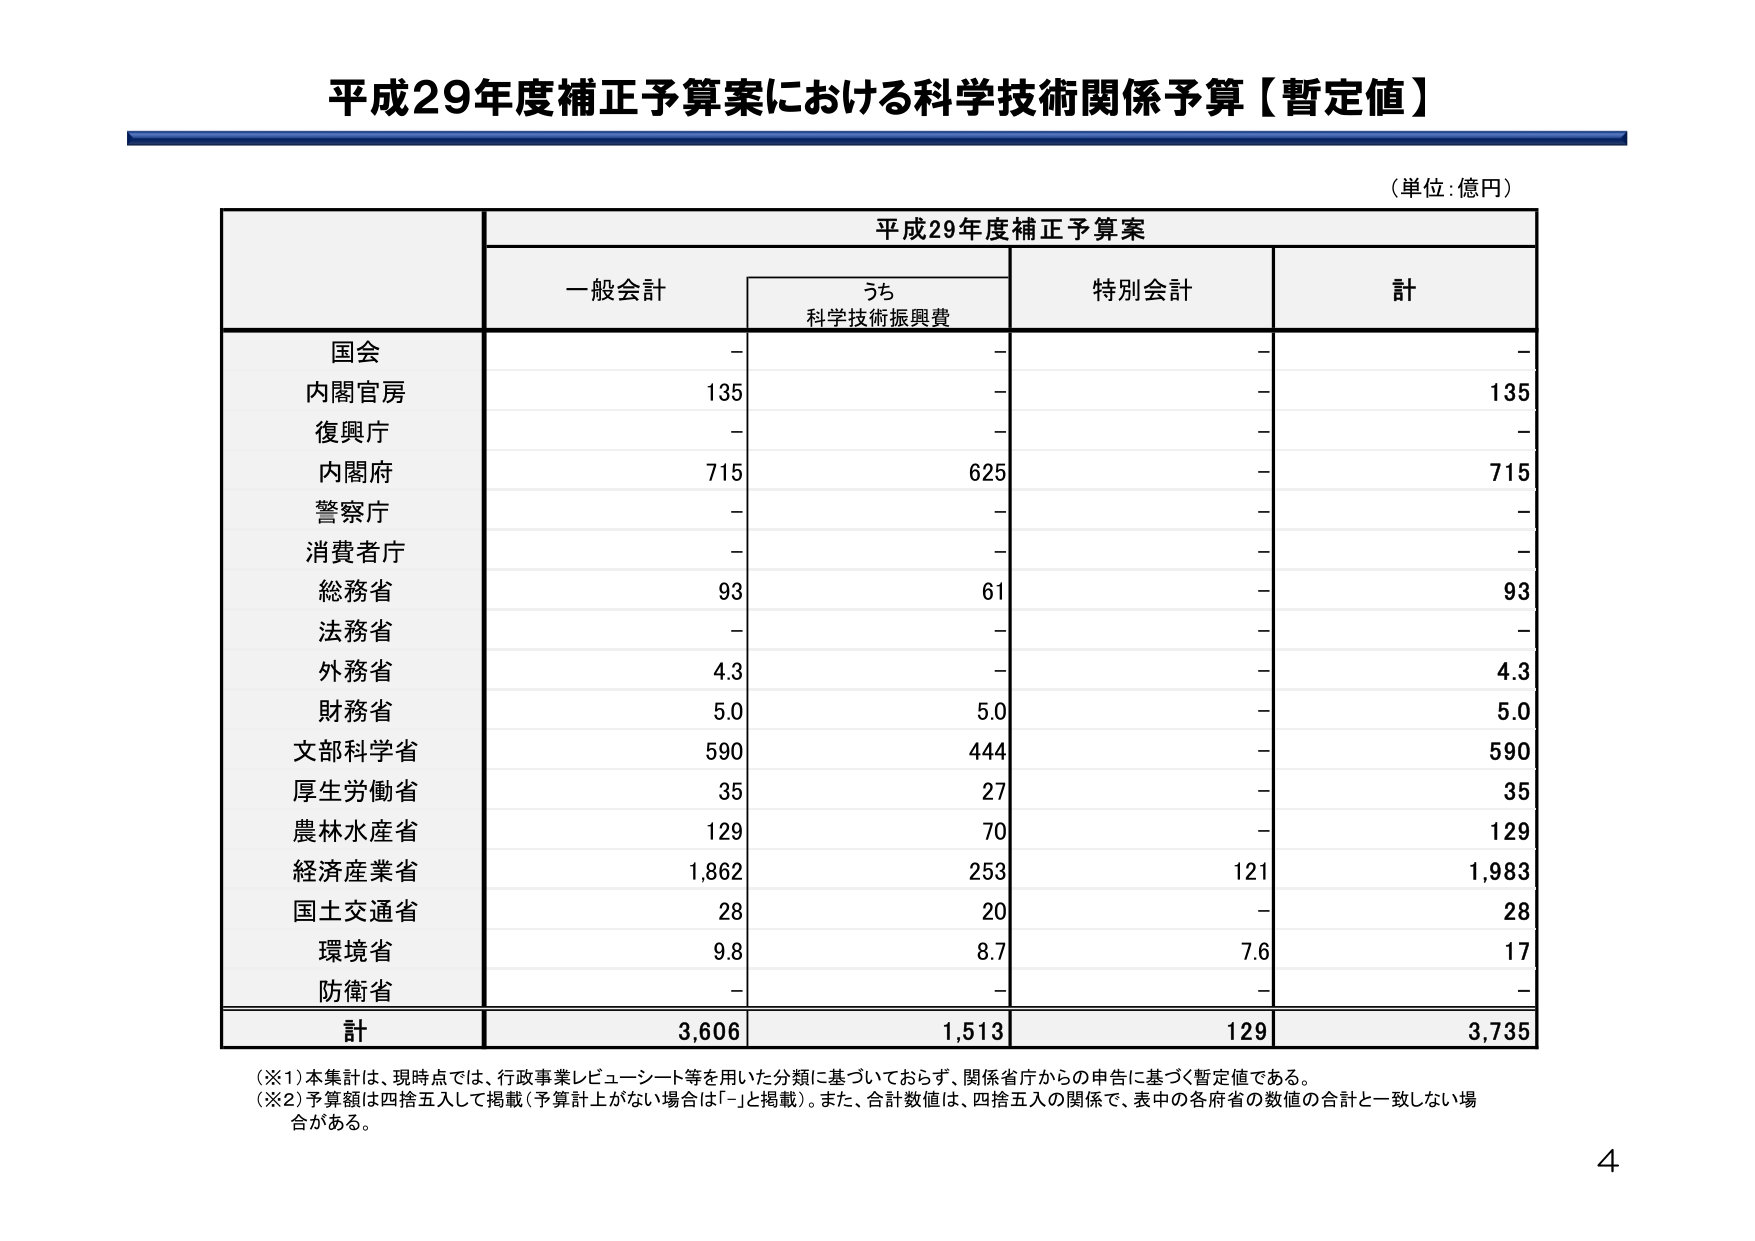
平成29年度補正予算案における科学技術関係予算【暫定値】

（単位：億円）

平成29年度補正予算案

一般会計　　うち　　特別会計　　計
　　　　　　科学技術振興費

国会　　　　　－　　　　－　　　　－　　　　－
内閣官房　　　135　　　　－　　　　－　　　　135
復興庁　　　　－　　　　－　　　　－　　　　－
内閣府　　　　715　　　　625　　　　－　　　　715
警察庁　　　　－　　　　－　　　　－　　　　－
消費者庁　　　－　　　　－　　　　－　　　　－
総務省　　　　93　　　　61　　　　－　　　　93
法務省　　　　－　　　　－　　　　－　　　　－
外務省　　　　4.3　　　　－　　　　－　　　　4.3
財務省　　　　5.0　　　　5.0　　　　－　　　　5.0
文部科学省　　590　　　　444　　　　－　　　　590
厚生労働省　　35　　　　27　　　　－　　　　35
農林水産省　　129　　　　70　　　　－　　　　129
経済産業省　　1,862　　　253　　　　121　　　1,983
国土交通省　　28　　　　20　　　　－　　　　28
環境省　　　　9.8　　　　8.7　　　　7.6　　　17
防衛省　　　　－　　　　－　　　　－　　　　－

計　　　　　　3,606　　　1,513　　　129　　　3,735

（※1）本集計は、現時点では、行政事業レビュー・シート等を用いた分類に基づいておらず、関係省庁からの申告に基づく暫定値である。
（※2）予算額は四捨五入して掲載（予算計上がない場合は「－」と掲載）。また、合計数値は、四捨五入の関係で、表中の各府省の数値の合計と一致しない場合がある。

4